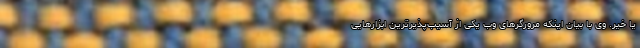
یا خیر. وی با بیان اینکه مرورگر‌های وب یکی از آسیب‌پذیرترین ابزار‌هایی